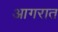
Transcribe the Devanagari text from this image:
आगरात